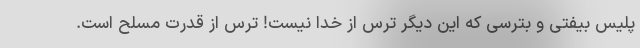
پلیس بیفتی و بترسی که این دیگر ترس از خدا نیست! ترس از قدرت مسلح است.